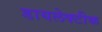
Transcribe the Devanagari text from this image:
डायलेक्टीक